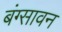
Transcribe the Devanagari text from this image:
बंग्सावन